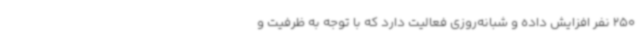
250 نفر افزایش داده و شبانه‌روزی فعالیت دارد که با توجه به ظرفیت و